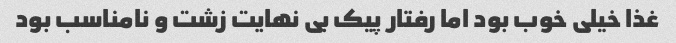
غذا خیلی خوب بود اما رفتار پیک بی نهایت زشت و نامناسب بود